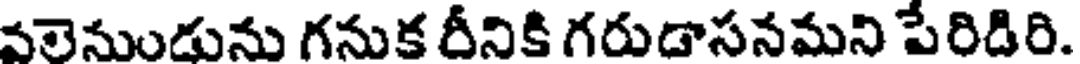
వలెనుండును గనుక రీనికి గరుడాసనమని పేరిడిరి.